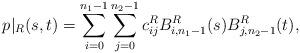
LaTeX: \begin{align*}p\vert_R(s,t)=\sum_{i=0}^{n_1-1}\sum_{j=0}^{n_2-1}c_{ij}^R B_{i,n_1-1}^{R}(s)B_{j,n_2-1}^{R}(t),\end{align*}